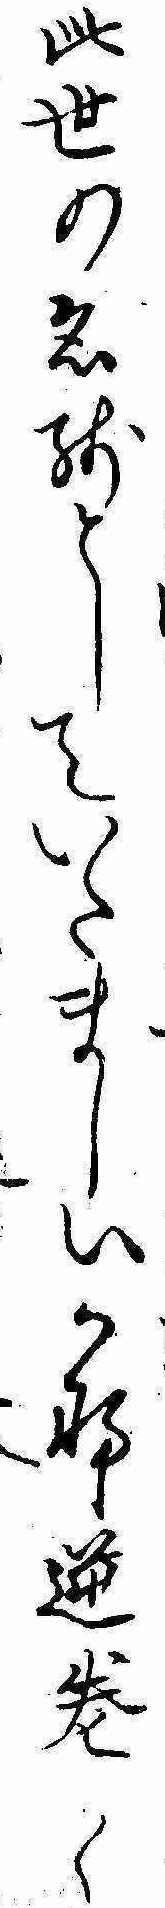
此世の名残としていたましいかな逆巻くえ